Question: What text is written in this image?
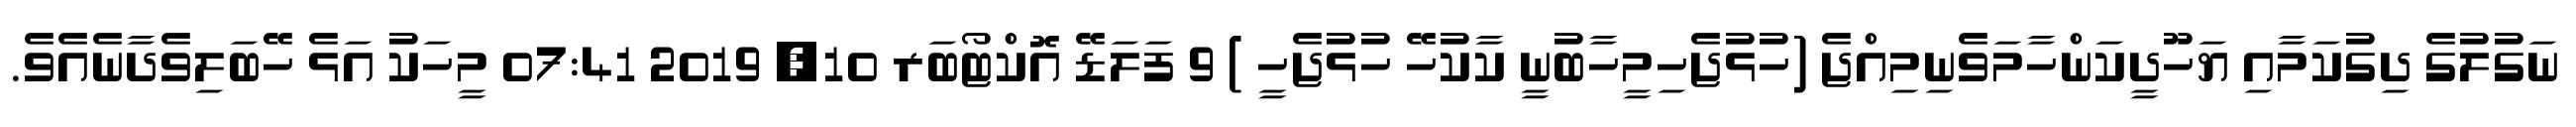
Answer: ނަގުލުގެ ދިގުކަމާއި ޔަހޫދީކަންހާމަވެނިމިއްޖެ (ހުޅުޖެހިމީހާބުނީ ކާކުހޭ ހުޅުޖެހީ ) 9 ފަލަޑޭ އޮކްޓޯބަރ 10, 2019 07:41 މީހަކު އަޅެ ހޭބަލިވެދާނެއެވެ.